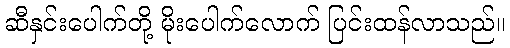
ဆီနှင်းပေါက်တို့ မိုးပေါက်လောက် ပြင်းထန်လာသည်။